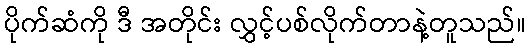
ပိုက်ဆံကို ဒီ အတိုင်း လွှင့်ပစ်လိုက်တာနဲ့တူသည်။